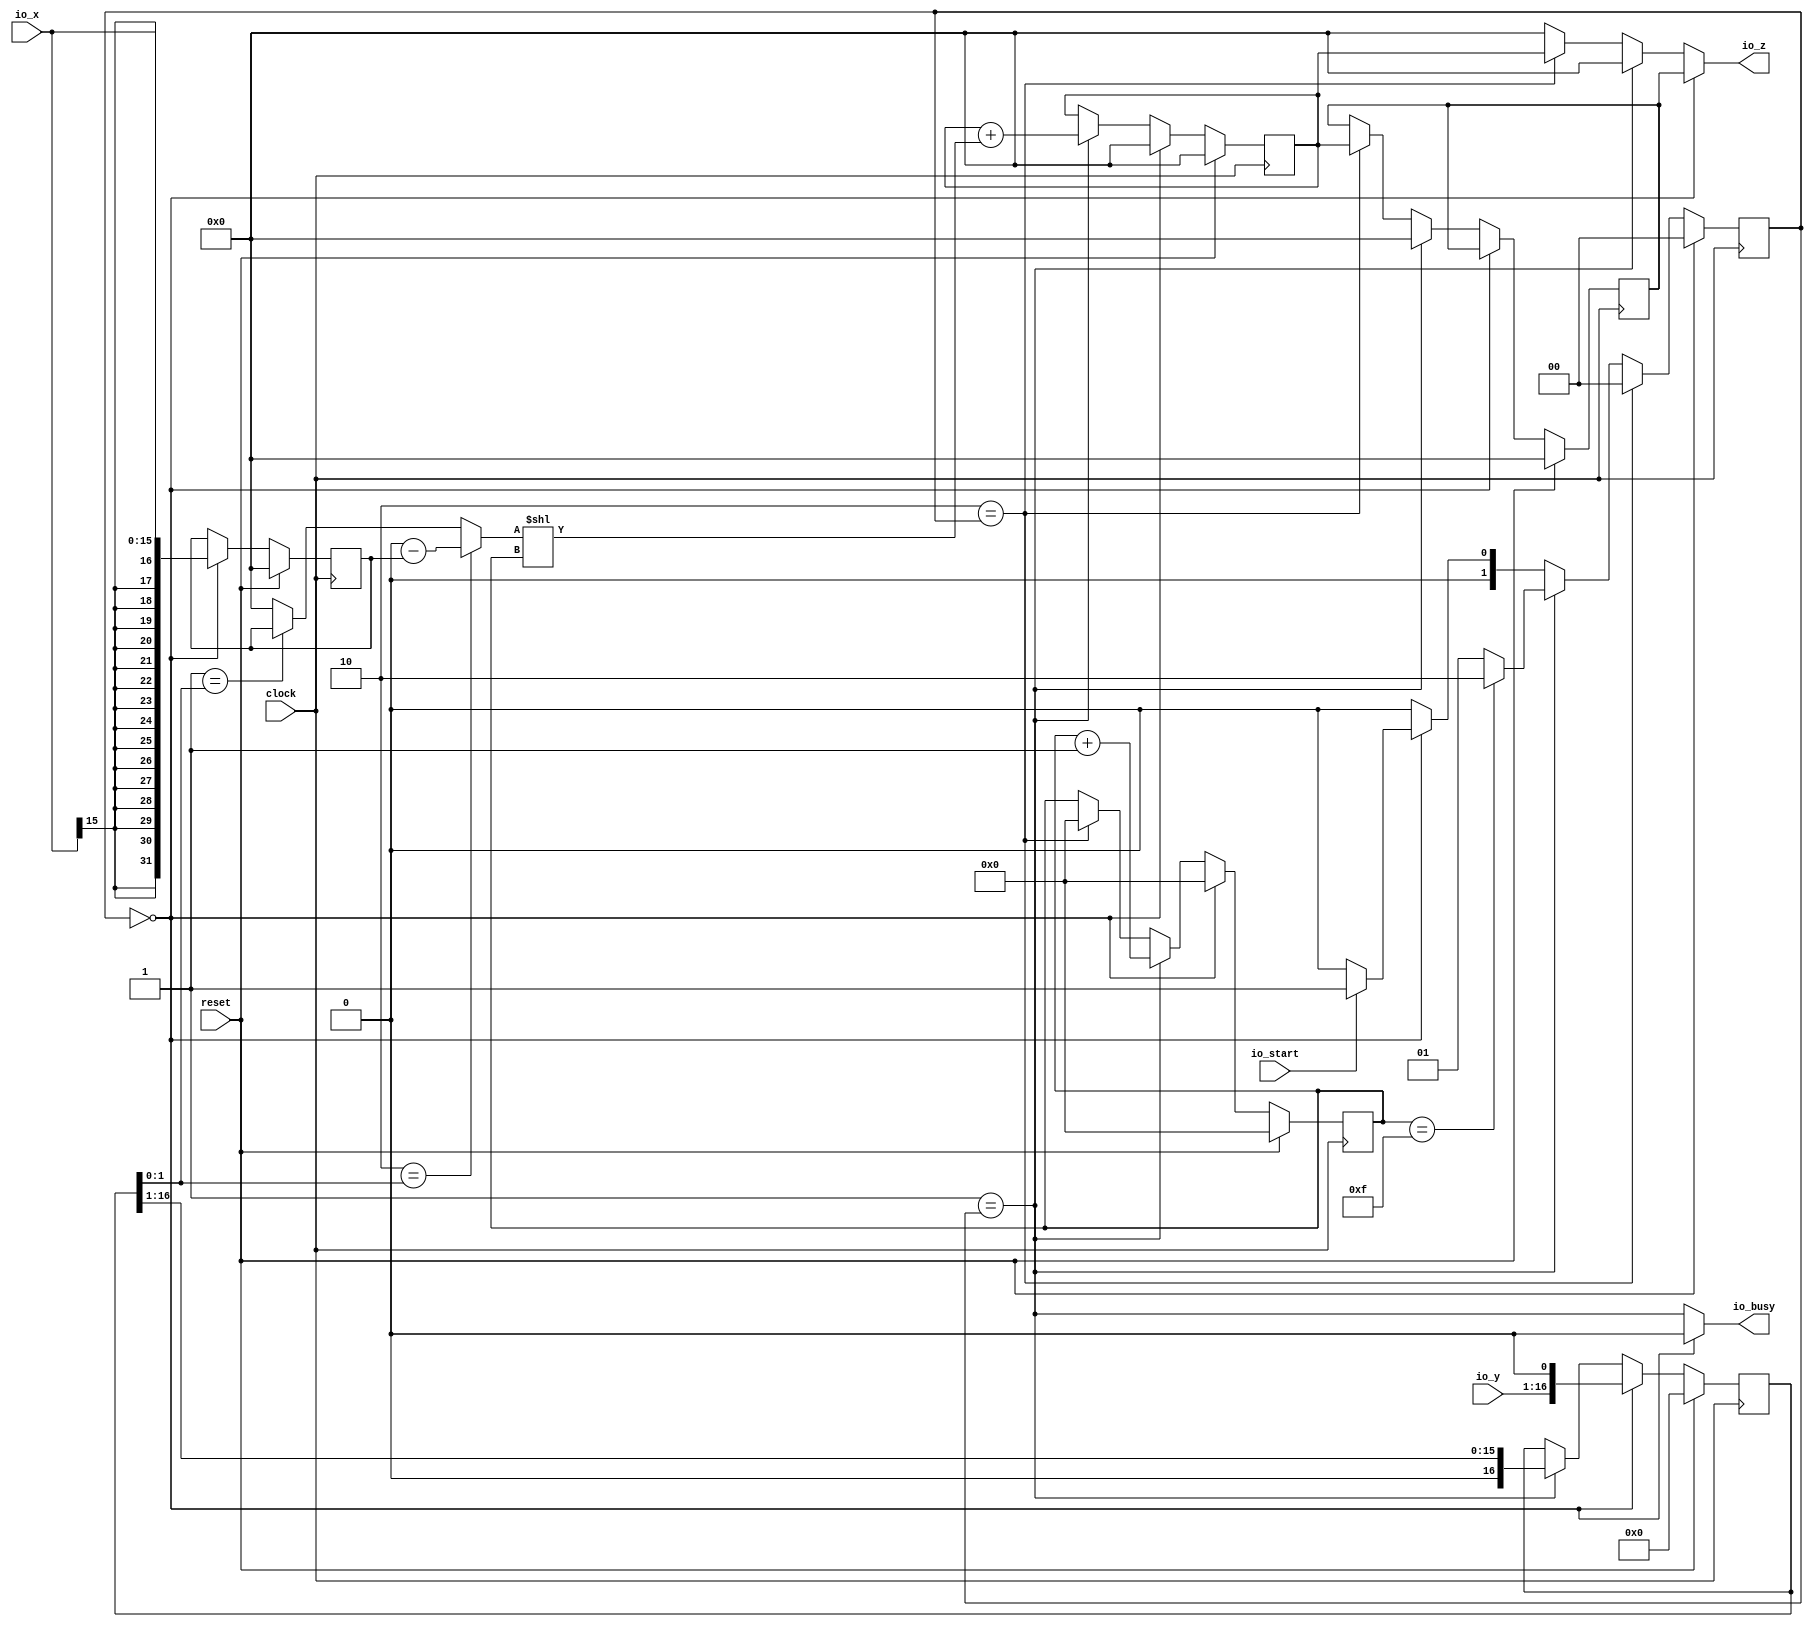
module Booth(
  input         clock,
  input         reset,
  input  [15:0] io_x,
  input  [15:0] io_y,
  output        io_busy,
  input         io_start,
  output [31:0] io_z
);
`ifdef RANDOMIZE_REG_INIT
  reg [31:0] _RAND_0;
  reg [31:0] _RAND_1;
  reg [31:0] _RAND_2;
  reg [31:0] _RAND_3;
  reg [31:0] _RAND_4;
  reg [31:0] _RAND_5;
`endif // RANDOMIZE_REG_INIT
  reg [16:0] yReg; // @[Booth.scala 11:21]
  reg [31:0] sumReg; // @[Booth.scala 12:23]
  reg [7:0] cnt; // @[Booth.scala 13:20]
  reg [1:0] state; // @[Booth.scala 17:22]
  wire [1:0] _T = io_start ? 2'h1 : 2'h0; // @[Booth.scala 20:21]
  wire  _nextState_T = 2'h0 == state; // @[Mux.scala 81:61]
  wire  _nextState_T_2 = 2'h1 == state; // @[Mux.scala 81:61]
  wire  _nextState_T_4 = 2'h2 == state; // @[Mux.scala 81:61]
  reg [31:0] xReg; // @[Booth.scala 29:21]
  reg [31:0] lastResultReg; // @[Booth.scala 31:30]
  wire [15:0] _xReg_T = io_x; // @[Booth.scala 50:28]
  wire [16:0] _yReg_T = {io_y, 1'h0}; // @[Booth.scala 53:20]
  wire [31:0] _T_10 = 32'sh0 - $signed(xReg); // @[Booth.scala 65:10]
  wire [31:0] _T_11 = 32'sh0 - $signed(xReg); // @[Booth.scala 65:17]
  wire  _T_13 = ~reset; // @[Booth.scala 58:13]
  wire [31:0] _T_19 = 2'h1 == yReg[1:0] ? $signed(xReg) : $signed(32'sh0); // @[Mux.scala 81:58]
  wire [31:0] _add_T_1 = 2'h2 == yReg[1:0] ? $signed(_T_10) : $signed(_T_19); // @[Booth.scala 36:32]
  wire [286:0] _GEN_7 = {{255{_add_T_1[31]}},_add_T_1}; // @[Booth.scala 36:54]
  wire [286:0] add = $signed(_GEN_7) << cnt; // @[Booth.scala 36:54]
  wire [286:0] _GEN_16 = {{255{sumReg[31]}},sumReg}; // @[Booth.scala 37:22]
  wire [286:0] _sumReg_T_2 = $signed(_GEN_16) + $signed(add); // @[Booth.scala 37:22]
  wire [16:0] _yReg_T_1 = {{1'd0}, yReg[16:1]}; // @[Booth.scala 38:18]
  wire [7:0] _cnt_T_1 = cnt + 8'h1; // @[Booth.scala 68:18]
  wire [31:0] _GEN_1 = _nextState_T_4 ? sumReg : 32'h0; // @[Booth.scala 47:17 74:12 28:8]
  wire [286:0] _GEN_4 = _nextState_T_2 ? $signed(_sumReg_T_2) : $signed({{255{sumReg[31]}},sumReg}); // @[Booth.scala 37:12 47:17 12:23]
  wire [31:0] _GEN_8 = _nextState_T_2 ? 32'h0 : _GEN_1; // @[Booth.scala 47:17 28:8]
  wire [286:0] _GEN_12 = _nextState_T ? $signed(287'sh0) : $signed(_GEN_4); // @[Booth.scala 47:17 52:14]
  wire [286:0] _GEN_18 = reset ? $signed(287'sh0) : $signed(_GEN_12); // @[Booth.scala 12:{23,23}]
  wire  _GEN_20 = ~_nextState_T; // @[Booth.scala 58:13]
  wire  _GEN_21 = ~_nextState_T & _nextState_T_2; // @[Booth.scala 58:13]
  assign io_busy = _nextState_T ? 1'h0 : _nextState_T_2; // @[Booth.scala 27:11 47:17]
  assign io_z = _nextState_T ? lastResultReg : _GEN_8; // @[Booth.scala 47:17 51:12]
  always @(posedge clock) begin
    if (reset) begin // @[Booth.scala 11:21]
      yReg <= 17'h0; // @[Booth.scala 11:21]
    end else if (_nextState_T) begin // @[Booth.scala 47:17]
      yReg <= _yReg_T; // @[Booth.scala 53:12]
    end else if (_nextState_T_2) begin // @[Booth.scala 47:17]
      yReg <= _yReg_T_1; // @[Booth.scala 38:10]
    end
    sumReg <= _GEN_18[31:0]; // @[Booth.scala 12:{23,23}]
    if (reset) begin // @[Booth.scala 13:20]
      cnt <= 8'h0; // @[Booth.scala 13:20]
    end else if (_nextState_T) begin // @[Booth.scala 47:17]
      cnt <= 8'h0; // @[Booth.scala 49:11]
    end else if (_nextState_T_2) begin // @[Booth.scala 47:17]
      cnt <= _cnt_T_1; // @[Booth.scala 68:11]
    end else if (_nextState_T_4) begin // @[Booth.scala 47:17]
      cnt <= 8'h0; // @[Booth.scala 72:11]
    end
    if (reset) begin // @[Booth.scala 17:22]
      state <= 2'h0; // @[Booth.scala 17:22]
    end else if (2'h2 == state) begin // @[Mux.scala 81:58]
      state <= 2'h0;
    end else if (2'h1 == state) begin // @[Mux.scala 81:58]
      if (cnt == 8'hf) begin // @[Booth.scala 21:24]
        state <= 2'h2;
      end else begin
        state <= 2'h1;
      end
    end else if (2'h0 == state) begin // @[Mux.scala 81:58]
      state <= _T;
    end else begin
      state <= 2'h0;
    end
    if (reset) begin // @[Booth.scala 29:21]
      xReg <= 32'sh0; // @[Booth.scala 29:21]
    end else if (_nextState_T) begin // @[Booth.scala 47:17]
      xReg <= {{16{_xReg_T[15]}},_xReg_T}; // @[Booth.scala 50:12]
    end
    if (reset) begin // @[Booth.scala 31:30]
      lastResultReg <= 32'h0; // @[Booth.scala 31:30]
    end else if (!(_nextState_T)) begin // @[Booth.scala 47:17]
      if (_nextState_T_2) begin // @[Booth.scala 47:17]
        lastResultReg <= 32'h0; // @[Booth.scala 57:21]
      end else if (_nextState_T_4) begin // @[Booth.scala 47:17]
        lastResultReg <= sumReg; // @[Booth.scala 76:21]
      end
    end
    `ifndef SYNTHESIS
    `ifdef PRINTF_COND
      if (`PRINTF_COND) begin
    `endif
        if (~_nextState_T & _nextState_T_2 & ~reset) begin
          $fwrite(32'h80000002,"[%d state=%b], yReg=%b, yRegLast=%b, x=%b, -x=%b\n",cnt,state,yReg,yReg[1:0],xReg,_T_11
            ); // @[Booth.scala 58:13]
        end
    `ifdef PRINTF_COND
      end
    `endif
    `endif // SYNTHESIS
    `ifndef SYNTHESIS
    `ifdef PRINTF_COND
      if (`PRINTF_COND) begin
    `endif
        if (_GEN_21 & _T_13) begin
          $fwrite(32'h80000002,"yRegExtra = %b, addValue = %b, sum = %b\n",yReg,add,sumReg); // @[Booth.scala 39:11]
        end
    `ifdef PRINTF_COND
      end
    `endif
    `endif // SYNTHESIS
    `ifndef SYNTHESIS
    `ifdef PRINTF_COND
      if (`PRINTF_COND) begin
    `endif
        if (_GEN_20 & ~_nextState_T_2 & _nextState_T_4 & _T_13) begin
          $fwrite(32'h80000002,"result = %b\n",sumReg); // @[Booth.scala 75:13]
        end
    `ifdef PRINTF_COND
      end
    `endif
    `endif // SYNTHESIS
  end
// Register and memory initialization
`ifdef RANDOMIZE_GARBAGE_ASSIGN
`define RANDOMIZE
`endif
`ifdef RANDOMIZE_INVALID_ASSIGN
`define RANDOMIZE
`endif
`ifdef RANDOMIZE_REG_INIT
`define RANDOMIZE
`endif
`ifdef RANDOMIZE_MEM_INIT
`define RANDOMIZE
`endif
`ifndef RANDOM
`define RANDOM $random
`endif
`ifdef RANDOMIZE_MEM_INIT
  integer initvar;
`endif
`ifndef SYNTHESIS
`ifdef FIRRTL_BEFORE_INITIAL
`FIRRTL_BEFORE_INITIAL
`endif
initial begin
  `ifdef RANDOMIZE
    `ifdef INIT_RANDOM
      `INIT_RANDOM
    `endif
    `ifndef VERILATOR
      `ifdef RANDOMIZE_DELAY
        #`RANDOMIZE_DELAY begin end
      `else
        #0.002 begin end
      `endif
    `endif
`ifdef RANDOMIZE_REG_INIT
  _RAND_0 = {1{`RANDOM}};
  yReg = _RAND_0[16:0];
  _RAND_1 = {1{`RANDOM}};
  sumReg = _RAND_1[31:0];
  _RAND_2 = {1{`RANDOM}};
  cnt = _RAND_2[7:0];
  _RAND_3 = {1{`RANDOM}};
  state = _RAND_3[1:0];
  _RAND_4 = {1{`RANDOM}};
  xReg = _RAND_4[31:0];
  _RAND_5 = {1{`RANDOM}};
  lastResultReg = _RAND_5[31:0];
`endif // RANDOMIZE_REG_INIT
  `endif // RANDOMIZE
end // initial
`ifdef FIRRTL_AFTER_INITIAL
`FIRRTL_AFTER_INITIAL
`endif
`endif // SYNTHESIS
endmodule